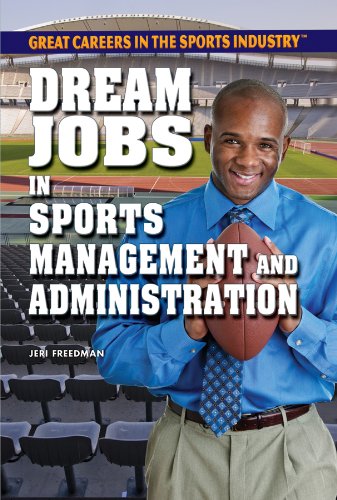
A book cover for Dream Jobs in Sports Management and Administration (Great Careers in the Sports Industry (Rosen)); Jeri Freedman; Teen & Young Adult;